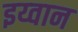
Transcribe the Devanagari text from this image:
इय्वान